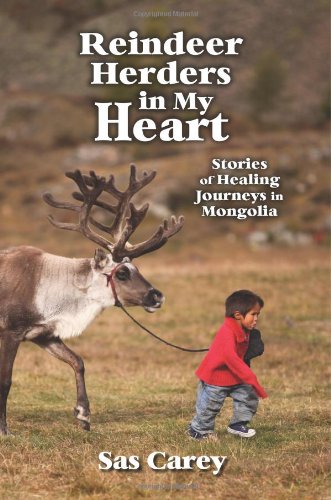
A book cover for Reindeer Herders in My Heart: Stories of Healing Journeys in Mongolia; Sas Carey; Travel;